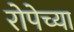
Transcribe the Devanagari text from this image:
रोपेच्या